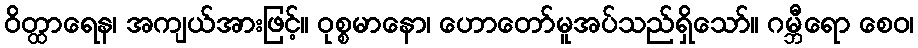
ဝိတ္ထာရေန၊ အကျယ်အားဖြင့်။ ဝုစ္စမာနော၊ ဟောတော်မူအပ်သည်ရှိသော်။ ဂမ္ဘီရော စေဝ၊